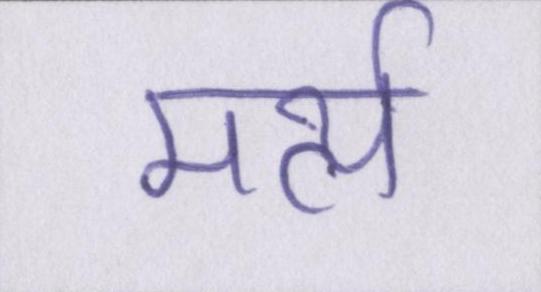
मर्त्य